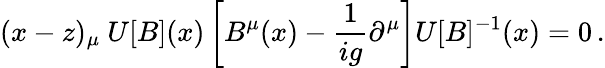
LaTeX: (x-z)_{\mu}\ U[B](x)\left[B^{\mu}(x)-{\frac{1}{ig}}\partial^{\mu}\right]U[B]^{-1}(x)=0\, .